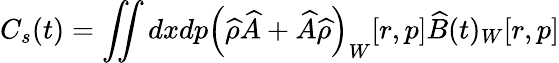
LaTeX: C_{s}(t)=\iint dxdp\left(\widehat{\rho}\widehat{A}+\widehat{A}\widehat{\rho}\right)_{W}[r,p]\widehat{B}(t)_{W}[r,p]